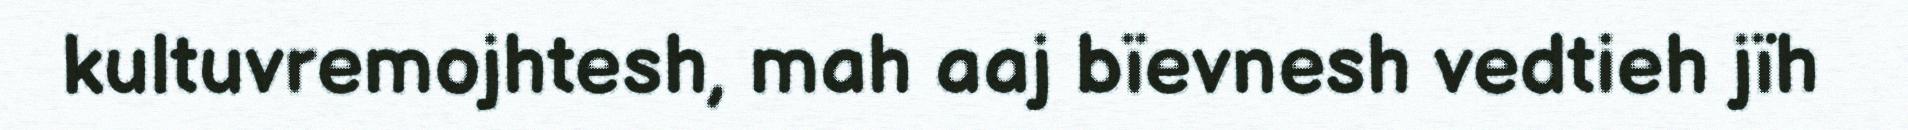
kultuvremojhtesh, mah aaj bïevnesh vedtieh jïh